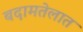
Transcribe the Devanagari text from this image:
बदामतेलात